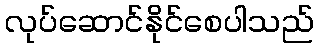
လုပ်ဆောင်နိုင်စေပါသည်